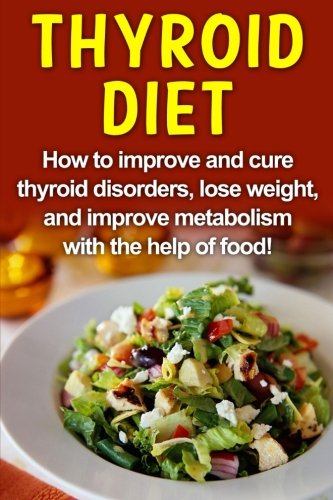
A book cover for Thyroid Diet: How to improve and cure thyroid disorders, lose weight, and improve metabolism with the help of food!; Robert Jacobson; Health, Fitness & Dieting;